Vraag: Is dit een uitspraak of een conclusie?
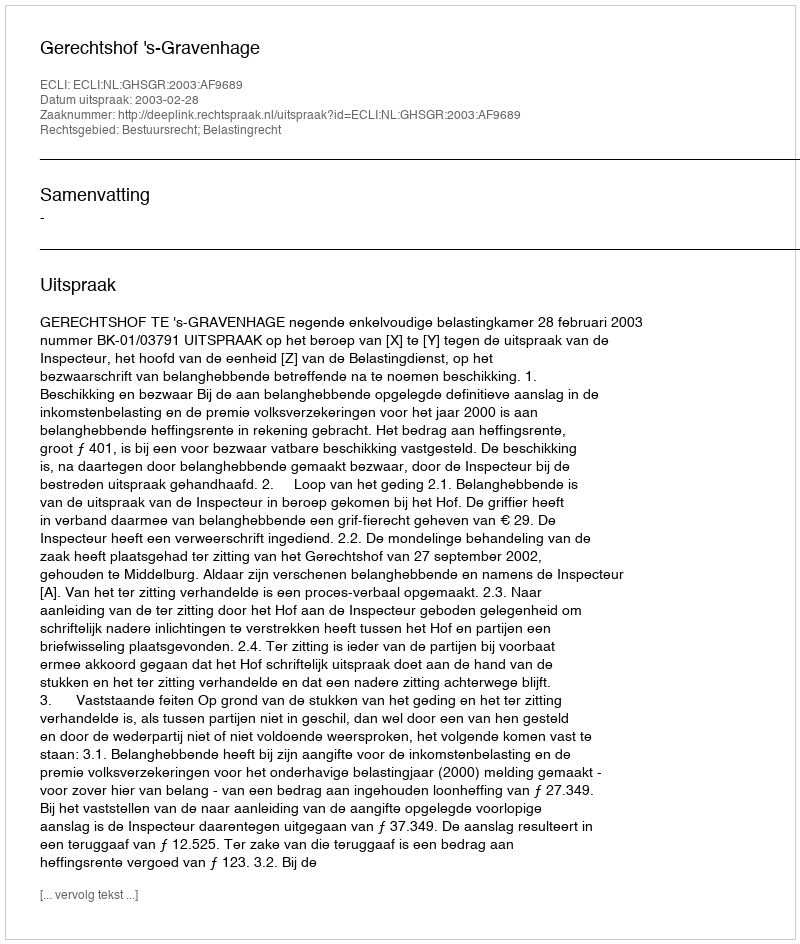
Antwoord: Uitspraak